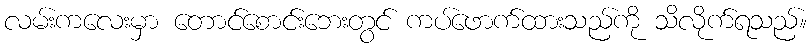
လမ်းကလေးမှာ တောင်စောင်းဘေးတွင် ကပ်ဖောက်ထားသည်ကို သိလိုက်ရသည်။